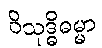
ဝိသုဒ္ဓိဓမ္မာ